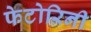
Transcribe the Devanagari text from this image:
फेटोरिनी